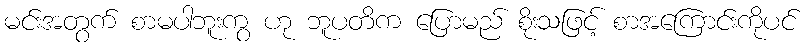
မင်းအတွက် စာမပါဘူးကွ ဟု ဘူပတိက ပြောမည် စိုးသဖြင့် စာအကြောင်းကိုပင်